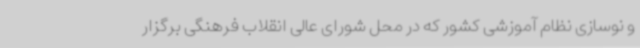
و نوسازی نظام آموزشی کشور که در محل شورای عالی انقلاب فرهنگی برگزار